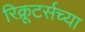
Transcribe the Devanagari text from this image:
रिक्रूटर्सच्या